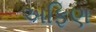
અફિણ